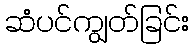
ဆံပင်ကျွတ်ခြင်း